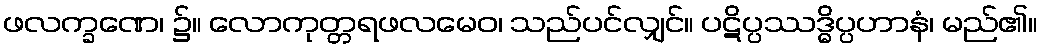
ဖလက္ခဏေ၊ ၌။ လောကုတ္တရဖလမေဝ၊ သည်ပင်လျှင်။ ပဋိပ္ပဿဒ္ဓိပ္ပဟာနံ၊ မည်၏။